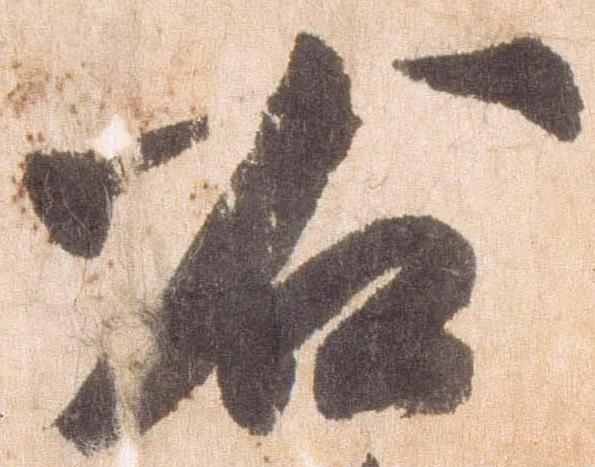
右